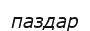
паздар